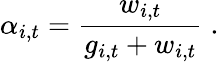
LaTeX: \alpha_{i,t}=\frac{w_{i,t}}{g_{i,t}+w_{i,t}}\; .